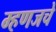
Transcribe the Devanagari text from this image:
म्हणजचे